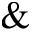
\&